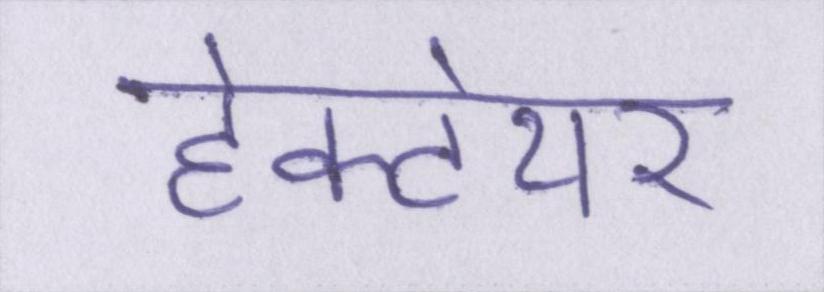
हेक्टेयर